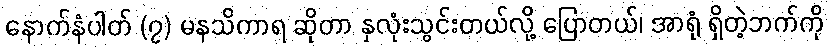
နောက်နံပါတ် (၇) မနသိကာရ ဆိုတာ နှလုံးသွင်းတယ်လို့ ပြောတယ်၊ အာရုံ ရှိတဲ့ဘက်ကို